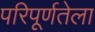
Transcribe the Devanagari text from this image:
परिपूर्णतेला